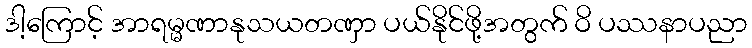
ဒါ့ကြောင့် အာရမ္မဏာနုသယတဏှာ ပယ်နိုင်ဖို့အတွက် ဝိ ပဿနာပညာ